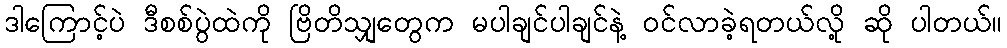
ဒါကြောင့်ပဲ ဒီစစ်ပွဲထဲကို ဗြိတိသျှတွေက မပါချင်ပါချင်နဲ့ ဝင်လာခဲ့ရတယ်လို့ ဆို ပါတယ်။